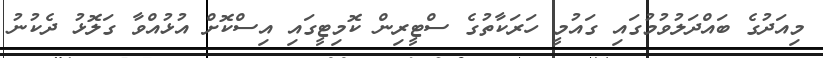
މިއަދުގެ ބައްދަލުވުމުގައި ގައުމީ ހަރަކާތުގެ ސްޓީރިން ކޮމިޓީގައި އިސްކޮށް އުޅުއްވާ ގަލޮޅު ދެކުނު